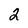
Character: 2